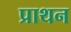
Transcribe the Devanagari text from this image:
प्राथन